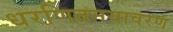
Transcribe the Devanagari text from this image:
धरणितनयावरण